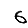
Digit: 6